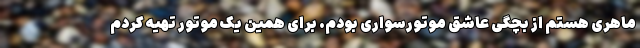
ماهری هستم از بچگی عاشق موتورسواری بودم. برای همین یک موتور تهیه کردم